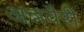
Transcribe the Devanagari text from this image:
अन्नवैरी